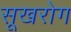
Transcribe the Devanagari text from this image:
सूखरोग